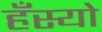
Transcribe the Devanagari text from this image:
हँस्‍यो